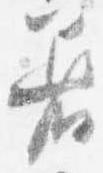
着